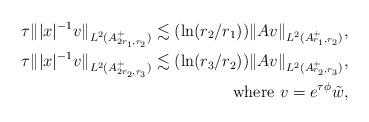
LaTeX: \begin{align*}\tau \||x|^{-1} v\|_{L^2(A_{2 r_1, r_2}^+)}\lesssim (\ln(r_2/r_1))\|Av\|_{L^2(A_{r_1, r_2}^+)},\\\tau \| |x|^{-1} v\|_{L^2(A_{2 r_2, r_3}^+)}\lesssim (\ln(r_3/r_2))\|Av\|_{L^2(A_{r_2, r_3}^+)},\\ \mbox{ where } v=e^{\tau\phi}\tilde{w},\end{align*}